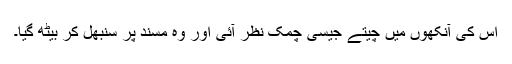
اس کی آنکھوں میں چیتے جیسی چمک نظر آئی اور وہ مسند پر سنبھل کر بیٹھ گیا۔